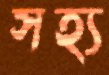
সহ্য